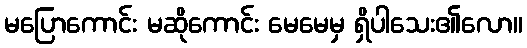
မပြောကောင်း မဆိုကောင်း မေမေမှ ရှိပါသေး၏လော။